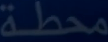
محطة